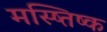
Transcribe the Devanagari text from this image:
मस्ष्तिष्क